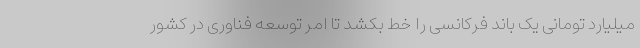
میلیارد تومانی یک باند فرکانسی را خط بکشد تا امر توسعه فناوری در کشور